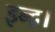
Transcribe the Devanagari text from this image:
इन्द्र।